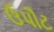
ઉપૌટ